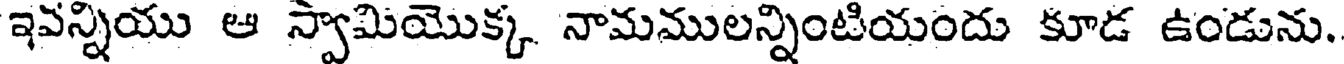
ఇవన్నియు ఆ స్వామియొక్క నామములన్నింటియందు కూడ ఉండును.